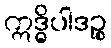
ဣဒ္ဓိပါဒဉ္စ